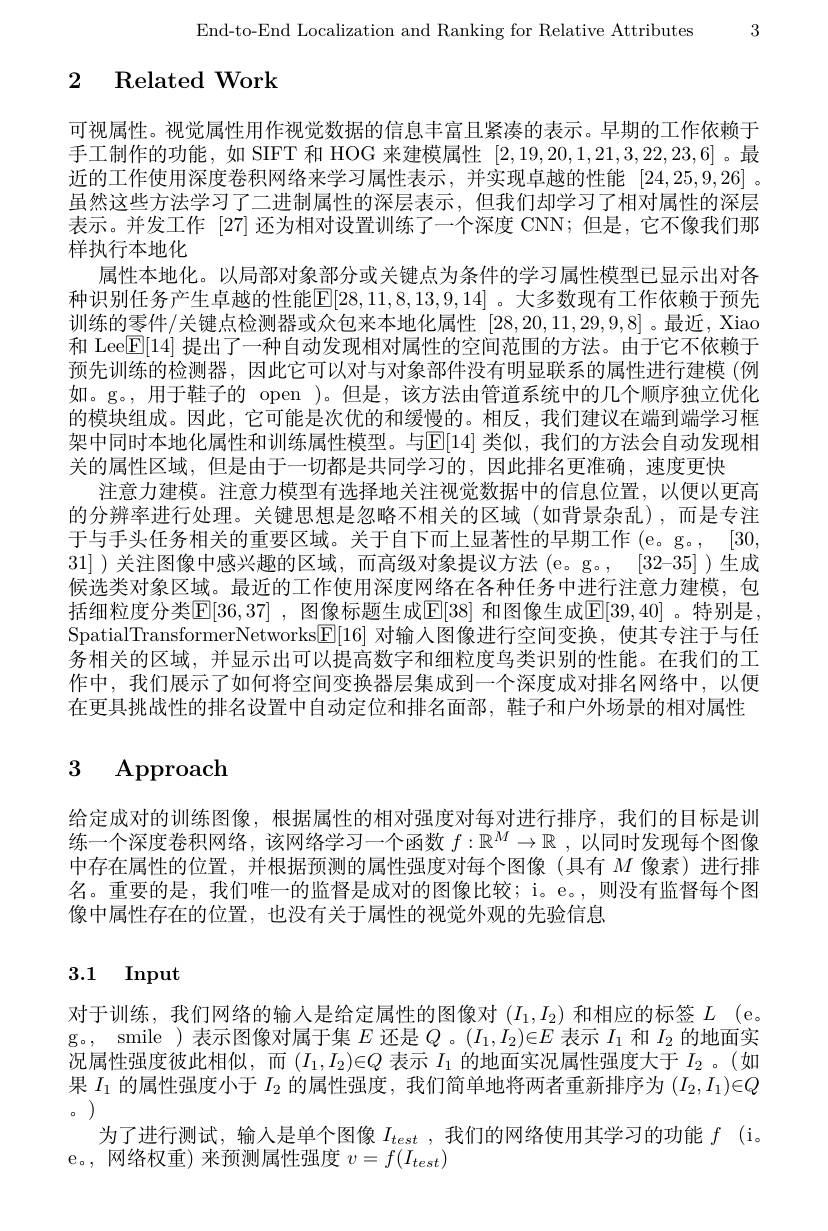
End-to-End Localization and Ranking for Relative Attributes 3

## 2 Related Work

可视属性。视觉属性用作视觉数据的信息丰富且紧凑的表示。早期的工作依赖于手工制作的功能，如 SIFT 和 HOG 来建模属性[2,19,20,1,21,3,22,23,6]。最近的工作使用深度卷积网络来学习属性表示，并实现卓越的性能[24,25,9,26] 。虽然这些方法学习了二进制属性的深层表示，但我们却学习了相对属性的深层表示。并发工作 [27] 还为相对设置训练了一个深度 CNN; 但是，它不像我们那样执行本地化
属性本地化。以局部对象部分或关键点为条件的学习属性模型已显示出对各种识别任务产生卓越的性能$\mathbb{E}[28,11,8,13,9,14]$ 。大多数现有工作依赖于预先训练的零件/关键点检测器或众包来本地化属性[28,20,11,29,9,8] 。最近 , Xiao 和 Lee$\overline{\mathbb{E}}[14]$提出了一种自动发现相对属性的空间范围的方法。由于它不依赖于预先训练的检测器，因此它可以对与对象部件没有明显联系的属性进行建模(例如。g。,用于鞋子的 open )。但是，该方法由管道系统中的几个顺序独立优化的模块组成。因此，它可能是次优的和缓慢的。相反，我们建议在端到端学习框架中同时本地化属性和训练属性模型。与$\mathbb{E}[14]$ 类似，我们的方法会自动发现相关的属性区域，但是由于一切都是共同学习的，因此排名更准确，速度更快
注意力建模。注意力模型有选择地关注视觉数据中的信息位置，以便以更高的分辨率进行处理。关键思想是忽略不相关的区域(如背景杂乱),而是专注于与手头任务相关的重要区域。关于自下而上显著性的早期工作 (e。g。, [30, 31] )关注图像中感兴趣的区域，而高级对象提议方法 (e。g。, [32-35] )生成候选类对象区域。最近的工作使用深度网络在各种任务中进行注意力建模，包括细粒度分类[E]36,37] ,图像标题生成[E[38] 和图像生成$\mathbb{E}[39,40]$ 。特别是， SpatialTransformerNetworks$\underline{\mathbb{E}}[16]$对输入图像进行空间变换，使其专注于与任务相关的区域，并显示出可以提高数字和细粒度鸟类识别的性能。在我们的工作中，我们展示了如何将空间变换器层集成到一个深度成对排名网络中，以便在更具挑战性的排名设置中自动定位和排名面部，鞋子和户外场景的相对属性

# 3 Approach

给定成对的训练图像，根据属性的相对强度对每对进行排序，我们的目标是训练一个深度卷积网络，该网络学习一个函数$f:\mathbb{R}^M\to\mathbb{R}$ ,以同时发现每个图像中存在属性的位置，并根据预测的属性强度对每个图像(具有$M$像素)进行排名。重要的是，我们唯一的监督是成对的图像比较；i。e。,则没有监督每个图像中属性存在的位置，也没有关于属性的视觉外观的先验信息

## 3.1 Input

对于训练，我们网络的输入是给定属性的图像对$(I_1,I_2)$和相应的标签$L$ (e。g。, smile )表示图像对属于集$E$还是$Q$ 。$(I_1,I_2)\in E$表示$I_1$和$I_2$的地面实况属性强度彼此相似，而$(I_1,I_2)\in Q$表示$I_1$的地面实况属性强度大于$I_2$ 。(如果$I_1$的属性强度小于$I_2$的属性强度，我们简单地将两者重新排序为$(I_2,I_1)\in Q$ 0 )
为了进行测试，输入是单个图像$I_{test}$ ,我们的网络使用其学习的功能$f$ (i。
e。, 网络权重) 来预测属性强度$v=f(I_test)$